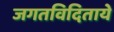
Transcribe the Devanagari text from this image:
जगतविदिताये